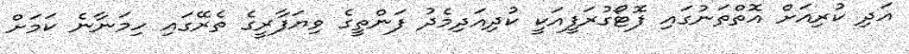
އަދި ކުރިއަށް އޮތްތަނުގައި ފޮޓޯގުރަފީއަކީ ކުދިއަދިމެދު ފަންތީގެ ވިޔަފާރީގެ ތެރޭގައި ހިމަނާނެ ކަމަށް